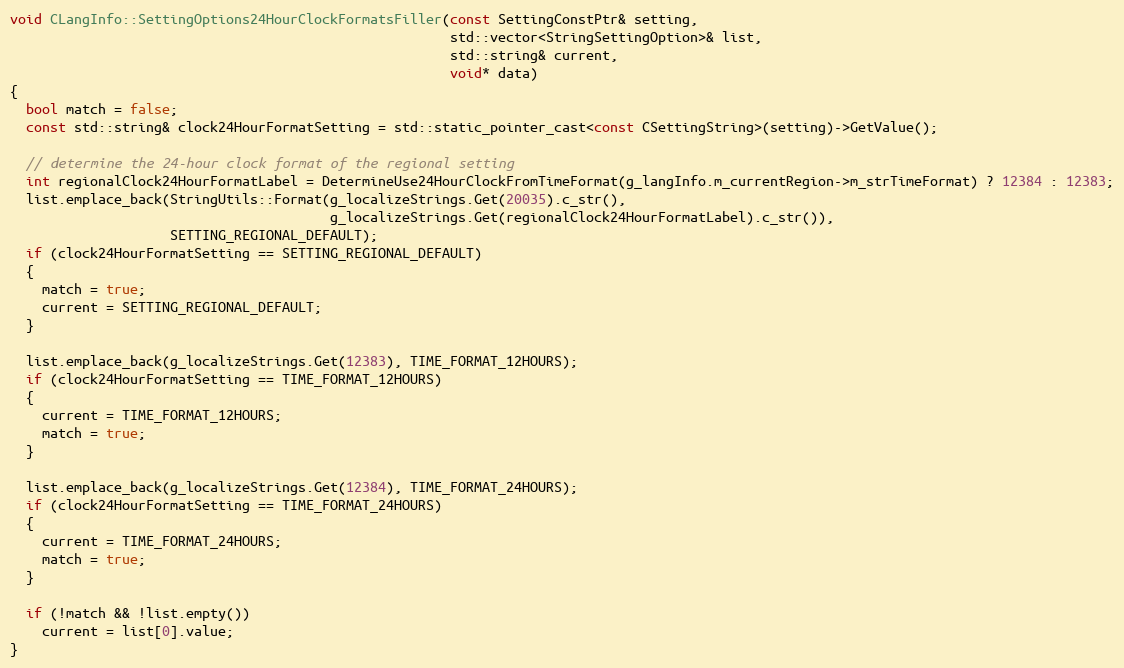
Language: C++
void CLangInfo::SettingOptions24HourClockFormatsFiller(const SettingConstPtr& setting,
                                                       std::vector<StringSettingOption>& list,
                                                       std::string& current,
                                                       void* data)
{
  bool match = false;
  const std::string& clock24HourFormatSetting = std::static_pointer_cast<const CSettingString>(setting)->GetValue();

  // determine the 24-hour clock format of the regional setting
  int regionalClock24HourFormatLabel = DetermineUse24HourClockFromTimeFormat(g_langInfo.m_currentRegion->m_strTimeFormat) ? 12384 : 12383;
  list.emplace_back(StringUtils::Format(g_localizeStrings.Get(20035).c_str(),
                                        g_localizeStrings.Get(regionalClock24HourFormatLabel).c_str()),
                    SETTING_REGIONAL_DEFAULT);
  if (clock24HourFormatSetting == SETTING_REGIONAL_DEFAULT)
  {
    match = true;
    current = SETTING_REGIONAL_DEFAULT;
  }

  list.emplace_back(g_localizeStrings.Get(12383), TIME_FORMAT_12HOURS);
  if (clock24HourFormatSetting == TIME_FORMAT_12HOURS)
  {
    current = TIME_FORMAT_12HOURS;
    match = true;
  }

  list.emplace_back(g_localizeStrings.Get(12384), TIME_FORMAT_24HOURS);
  if (clock24HourFormatSetting == TIME_FORMAT_24HOURS)
  {
    current = TIME_FORMAT_24HOURS;
    match = true;
  }

  if (!match && !list.empty())
    current = list[0].value;
}